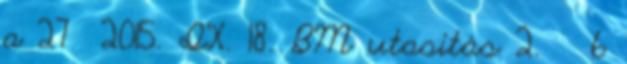
a 27 2015. IX. 18. BM utasítás 2. § 6